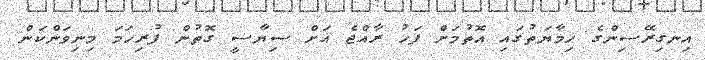
އިނގިރޭސިންގެ ހިމާޔަތުގައި އޮތުމަށް ފަހު ރާއްޖެ އަށް ސިޔާސީ ގޮތުން ފުރިހަމަ މިނިވަންކަން